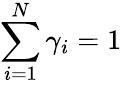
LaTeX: \sum_{i=1}^{N}\gamma_{i}=1